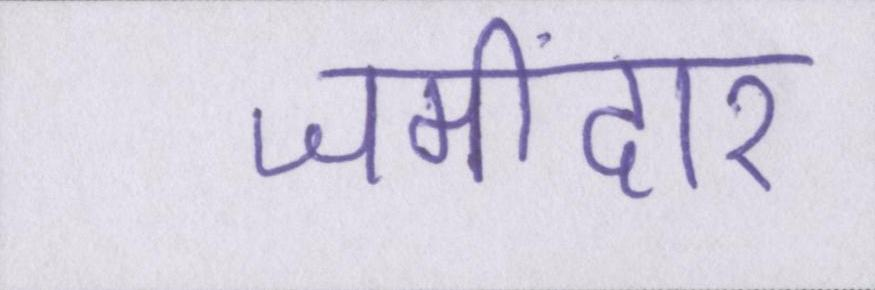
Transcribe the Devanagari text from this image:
जमींदार